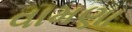
વામણા